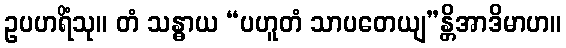
ဥပဟရိံသု။ တံ သန္ဓာယ “ပဟူတံ သာပတေယျ”န္တိအာဒိမာဟ။